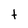
Character: t